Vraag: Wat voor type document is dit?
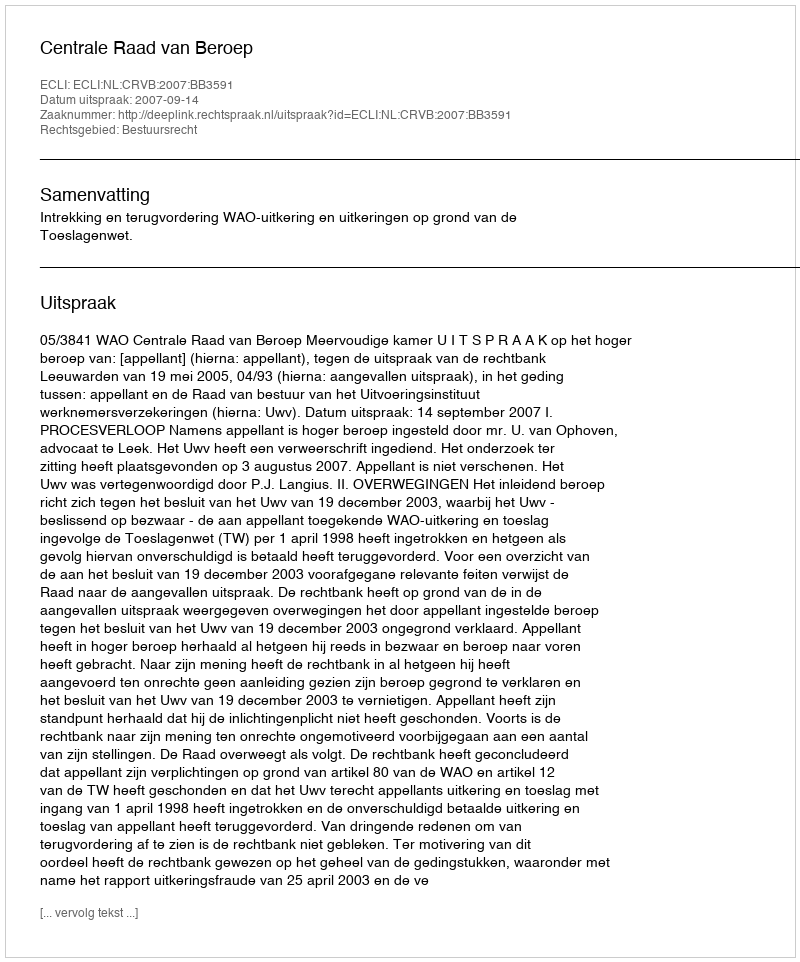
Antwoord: Uitspraak